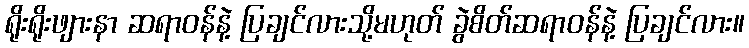
ရိုးရိုးဖျားနာ ဆရာဝန်နဲ့ ပြချင်လားသို့မဟုတ် ခွဲစိတ်ဆရာဝန်နဲ့ ပြချင်လား။